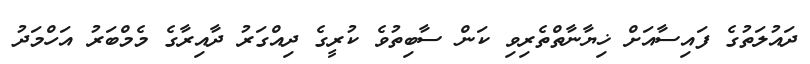
ދައުލަތުގެ ފައިސާއަށް ޚިޔާނާތްތެރިވި ކަން ސާބިތުވެ ކުރީގެ ދިއްގަރު ދާއިރާގެ މެމްބަރު އަހްމަދު